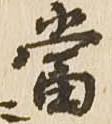
当